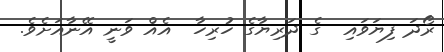
ރޯދަ ފިޔަވައި  ގެ ދަރިޔާގެ ހުރިހާ  އެއް ވަނީ އޭނާއަށެވެ.